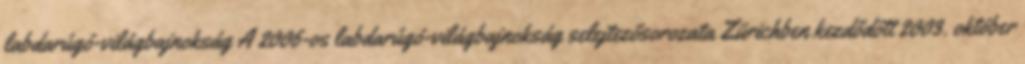
labdarúgó-világbajnokság A 2006-os labdarúgó-világbajnokság selejtezősorozata Zürichben kezdődött 2003. október